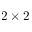
2 \times 2